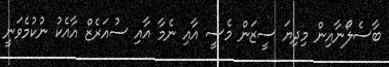
ބާސެލޯނާއިން މިދިޔަ ސީޒަން މެސީ އާއި ނެމާ އާއި ސުއަރެޒް އާއެކު ނުކުމެވަނީ